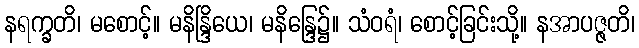
နရက္ခတိ၊ မစောင့်။ မနိန္ဒြိယေ၊ မနိန္ဒြေ၌။ သံဝရံ၊ စောင့်ခြင်းသို့။ နအာပဇ္ဇတိ၊